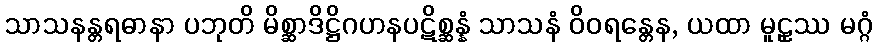
သာသနန္တရဓာနာ ပဘုတိ မိစ္ဆာဒိဋ္ဌိဂဟနပဋိစ္ဆန္နံ သာသနံ ဝိဝရန္တေန, ယထာ မူဠှဿ မဂ္ဂံ